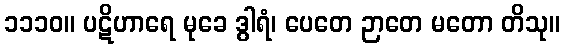
၁၁၁၀။ ပဋိဟာရေ မုခေ ဒွါရံ၊ ပေတေ ဉာတေ မတော တိသု။